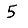
Digit: 5